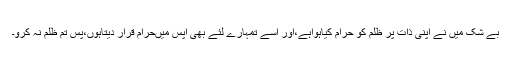
بے شک میں نے اپنی ذات پر ظلم کو حرام کیاہواہے،اور اسے تمہارے لئے بھی آپس میںحرام قرار دیتاہوں،پس تم ظلم نہ کرو۔